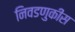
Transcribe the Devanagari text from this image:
निवडणुकींस